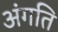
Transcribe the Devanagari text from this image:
अंगति